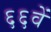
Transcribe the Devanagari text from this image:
६६वें